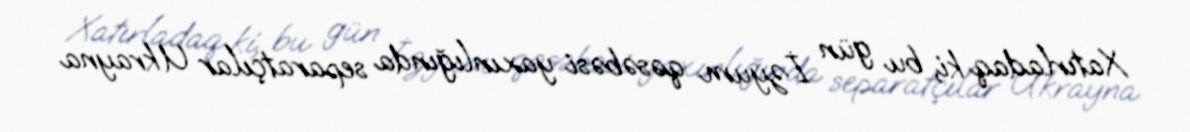
Xatırladaq ki, bu gün İzyum qəsəbəsi yaxınlığında separatçılar Ukrayna